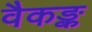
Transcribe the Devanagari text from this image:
वैकङ्क